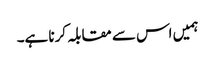
ہمیں اس سے مقابلہ کرنا ہے۔